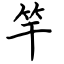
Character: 竿